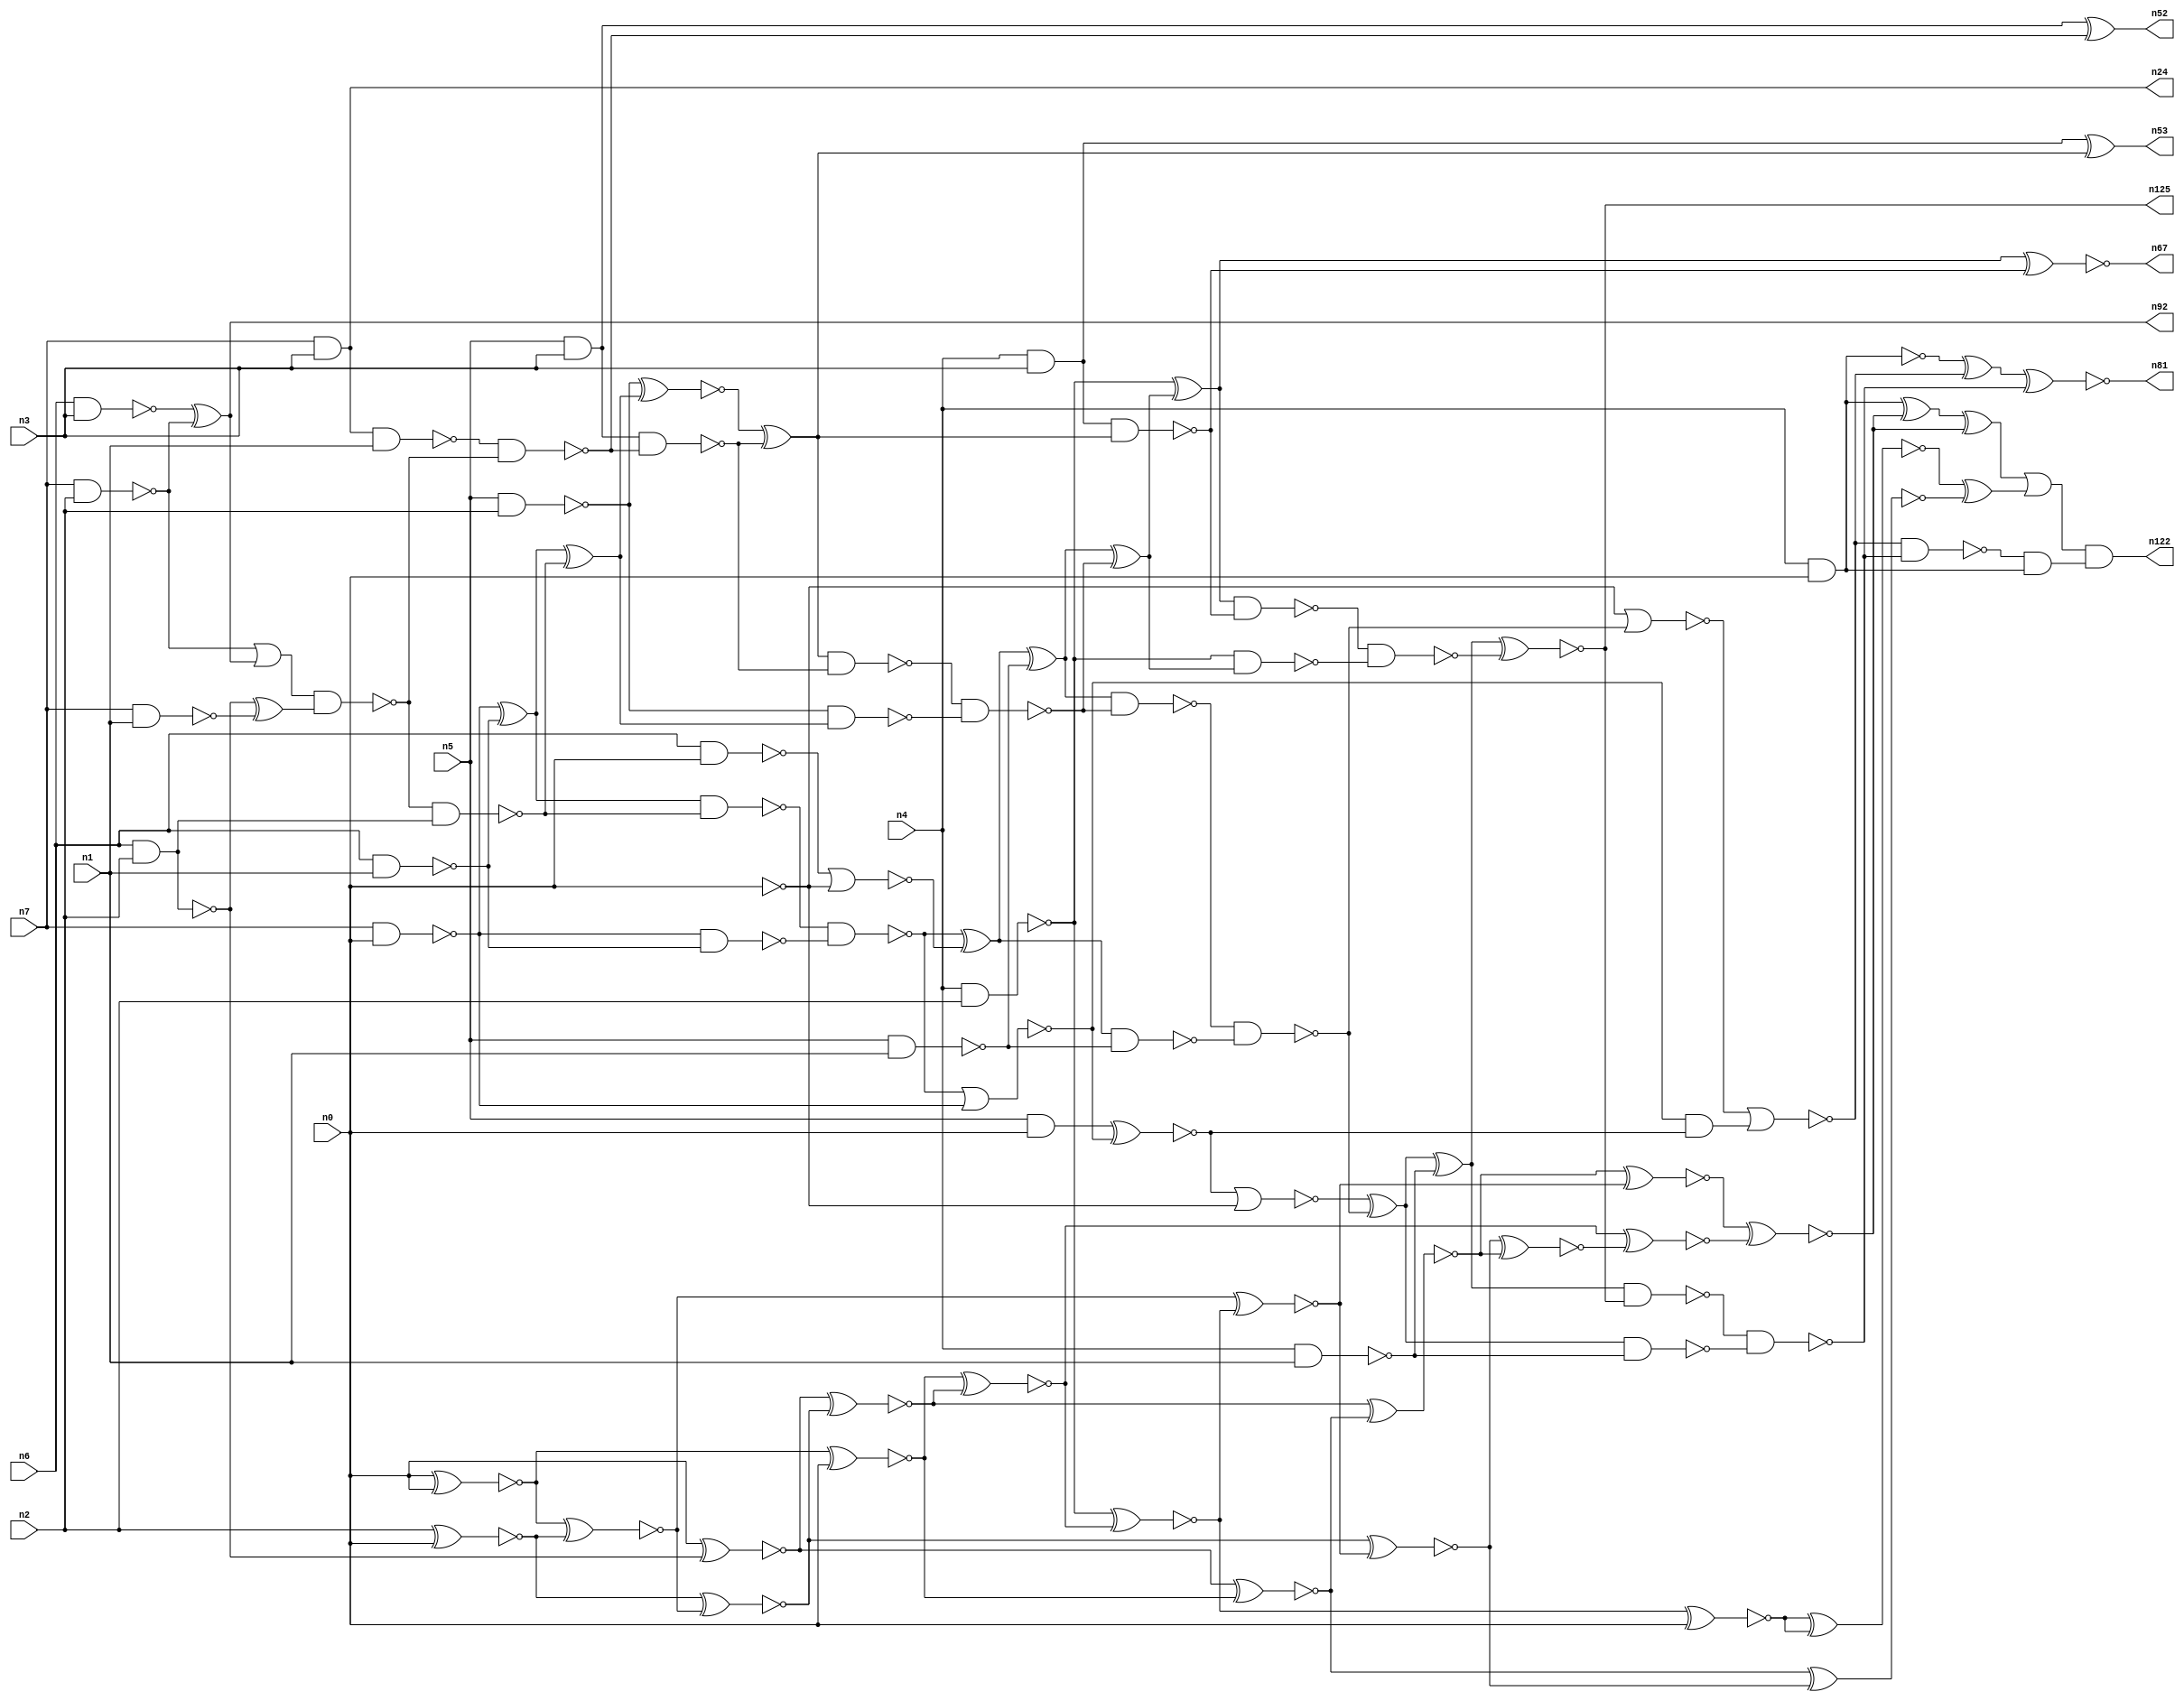
// This file contains a pareto-optimal circuit with respect to area and the fault-resilince parameter p_fault which is defined as:
// "For all input vectors, the ratio of the no. of faults observable at the POs to the no. of total possible faults in the circuit".
// This code is part of the ReCkt library (https://github.com/umar-afzaal/ReCkt) distributed under The MIT License.
// When used, please cite the following article(s):
// U. Afzaal, A.S. Hassan, M. Usman and J.A. Lee, "On the Evolutionary Synthesis of Increased Fault-resilience Arithmetic Circuits".

// p_fault = 64.6 %    (Lower is better)
// gates = 99.0
// levels = 20
// area = 135.79    (For MCNC library relative to nand2)
// power = 833.6 uW    (Berkely-SIS for MCNC library @ Vdd=5V and 20 MHz clock)
// delay = 31.2 ns    (Berkely-ABC for MCNC library)
// PDP = 2.60083e-11 J

// Pin mapping:
// {n0, n1, n2, n3} = A[3:0]
// {n4, n5, n6, n7} = B[3:0]
// {n122, n81, n125, n67, n53, n52, n92, n24} = O[7:0]

module mult4u_area_59 (
n0, n1, n2, n3, n4, n5, n6, n7, 
n122, n81, n125, n67, n53, n52, n92, n24
);

input n0, n1, n2, n3, n4, n5, n6, n7;
output n122, n81, n125, n67, n53, n52, n92, n24;
wire n95, n16, n73, n77, n26, n41, n40, n108, n38, n78, n76, n46, n50, n51, n83, n15, n66, n111, n36, n35, 
n18, n99, n32, n13, n21, n64, n94, n57, n65, n90, n33, n10, n17, n70, n93, n96, n116, n97, n61, n19, 
n58, n68, n74, n44, n20, n62, n60, n28, n89, n91, n59, n80, n82, n27, n105, n79, n69, n71, n98, n25, 
n14, n75, n43, n8, n88, n86, n39, n34, n37, n31, n112, n42, n56, n54, n12, n63, n30, n22, n110, n85, 
n11, n49, n29, n9, n72, n47, n55, n23, n87, n48, n84;

nand (n8, n4, n3);
and (n9, n5, n0);
nand (n10, n6, n1);
nand (n11, n5, n1);
nand (n12, n0, n0);
nand (n13, n6, n2);
nand (n14, n4, n1);
nand (n15, n7, n0);
nand (n16, n7, n1);
nand (n17, n7, n2);
nand (n18, n6, n3);
and (n19, n5, n3);
nand (n20, n6, n0);
nand (n21, n5, n2);
nand (n22, n4, n2);
nand (n23, n4, n0);
and (n24, n7, n3);
xor (n25, n15, n10);
xor (n26, n18, n17);
nand (n27, n15, n10);
nor (n28, n20, n12);
and (n29, n13, n13);
xor (n30, n13, n16);
or (n31, n17, n26);
nand (n32, n8, n8);
xnor (n33, n0, n29);
nand (n34, n24, n1);
nand (n35, n13, n29);
xnor (n36, n0, n0);
nand (n37, n31, n30);
nand (n38, n37, n35);
nand (n39, n34, n37);
nand (n40, n19, n39);
xor (n41, n25, n38);
nand (n42, n25, n38);
xnor (n43, n19, n39);
nand (n44, n21, n41);
nand (n46, n42, n27);
xnor (n47, n21, n41);
xor (n48, n47, n40);
nand (n49, n48, n40);
nor (n50, n46, n15);
xor (n51, n46, n28);
nand (n52, n43, n43);
xor (n53, n32, n48);
xnor (n54, n9, n50);
xor (n55, n51, n11);
nand (n56, n32, n48);
and (n57, n50, n54);
nand (n58, n51, n11);
nand (n59, n49, n44);
nor (n60, n54, n12);
xor (n61, n55, n59);
nand (n62, n55, n59);
nand (n63, n22, n61);
nand (n64, n0, n0);
nand (n65, n62, n58);
xor (n66, n22, n61);
xnor (n67, n66, n56);
xor (n68, n60, n65);
nand (n69, n66, n56);
nor (n70, n64, n65);
xor (n71, n68, n14);
nor (n72, n70, n57);
nand (n73, n68, n14);
nand (n74, n69, n63);
xnor (n75, n71, n74);
xor (n76, n23, n72);
nand (n77, n23, n23);
nand (n78, n71, n75);
nand (n79, n78, n73);
nand (n80, n72, n79);
xnor (n81, n76, n79);
and (n82, n80, n77);
xnor (n83, n2, n0);
xnor (n84, n36, n83);
xnor (n85, n83, n84);
xnor (n86, n33, n85);
xnor (n87, n36, n0);
xnor (n88, n87, n86);
xnor (n89, n22, n88);
xnor (n90, n89, n0);
xnor (n91, n33, n87);
and (n92, n26, n26);
xnor (n93, n84, n89);
xnor (n94, n85, n93);
xnor (n95, n86, n91);
xnor (n96, n91, n94);
xnor (n97, n90, n90);
xnor (n98, n94, n95);
xnor (n99, n88, n98);
xnor (n105, n95, n93);
xnor (n108, n105, n99);
xor (n110, n77, n108);
xor (n111, n110, n108);
xor (n112, n97, n96);
or (n116, n111, n112);
and (n122, n116, n82);
and (n125, n75, n75);

endmodule